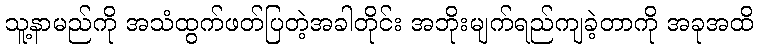
သူ့နာမည်ကို အသံထွက်ဖတ်ပြတဲ့အခါတိုင်း အဘိုးမျက်ရည်ကျခဲ့တာကို အခုအထိ